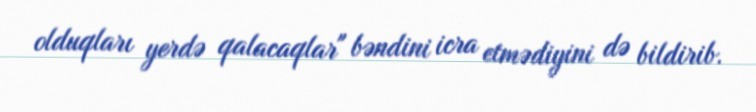
olduqları yerdə qalacaqlar" bəndini icra etmədiyini də bildirib.